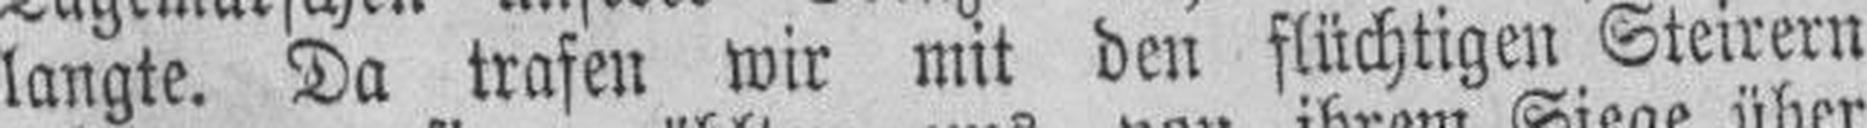
langte. Da trafen wir mit den flüchtigen Steirern